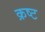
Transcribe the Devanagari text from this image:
क्रष्ट